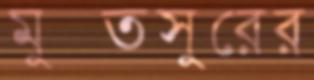
মুক্তসুরের